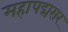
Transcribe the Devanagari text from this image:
महापद्मसर